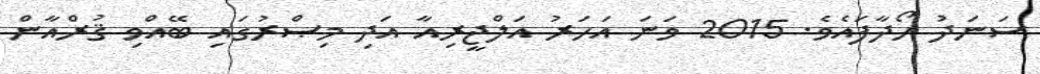
ސަނަދު ހޯދާފައެވެ. 2015 ވަނަ އަހަރު އަލްޖީރިއާ އަދި މިޞްރުގައި ބޭއްވި ޤުރްއާން